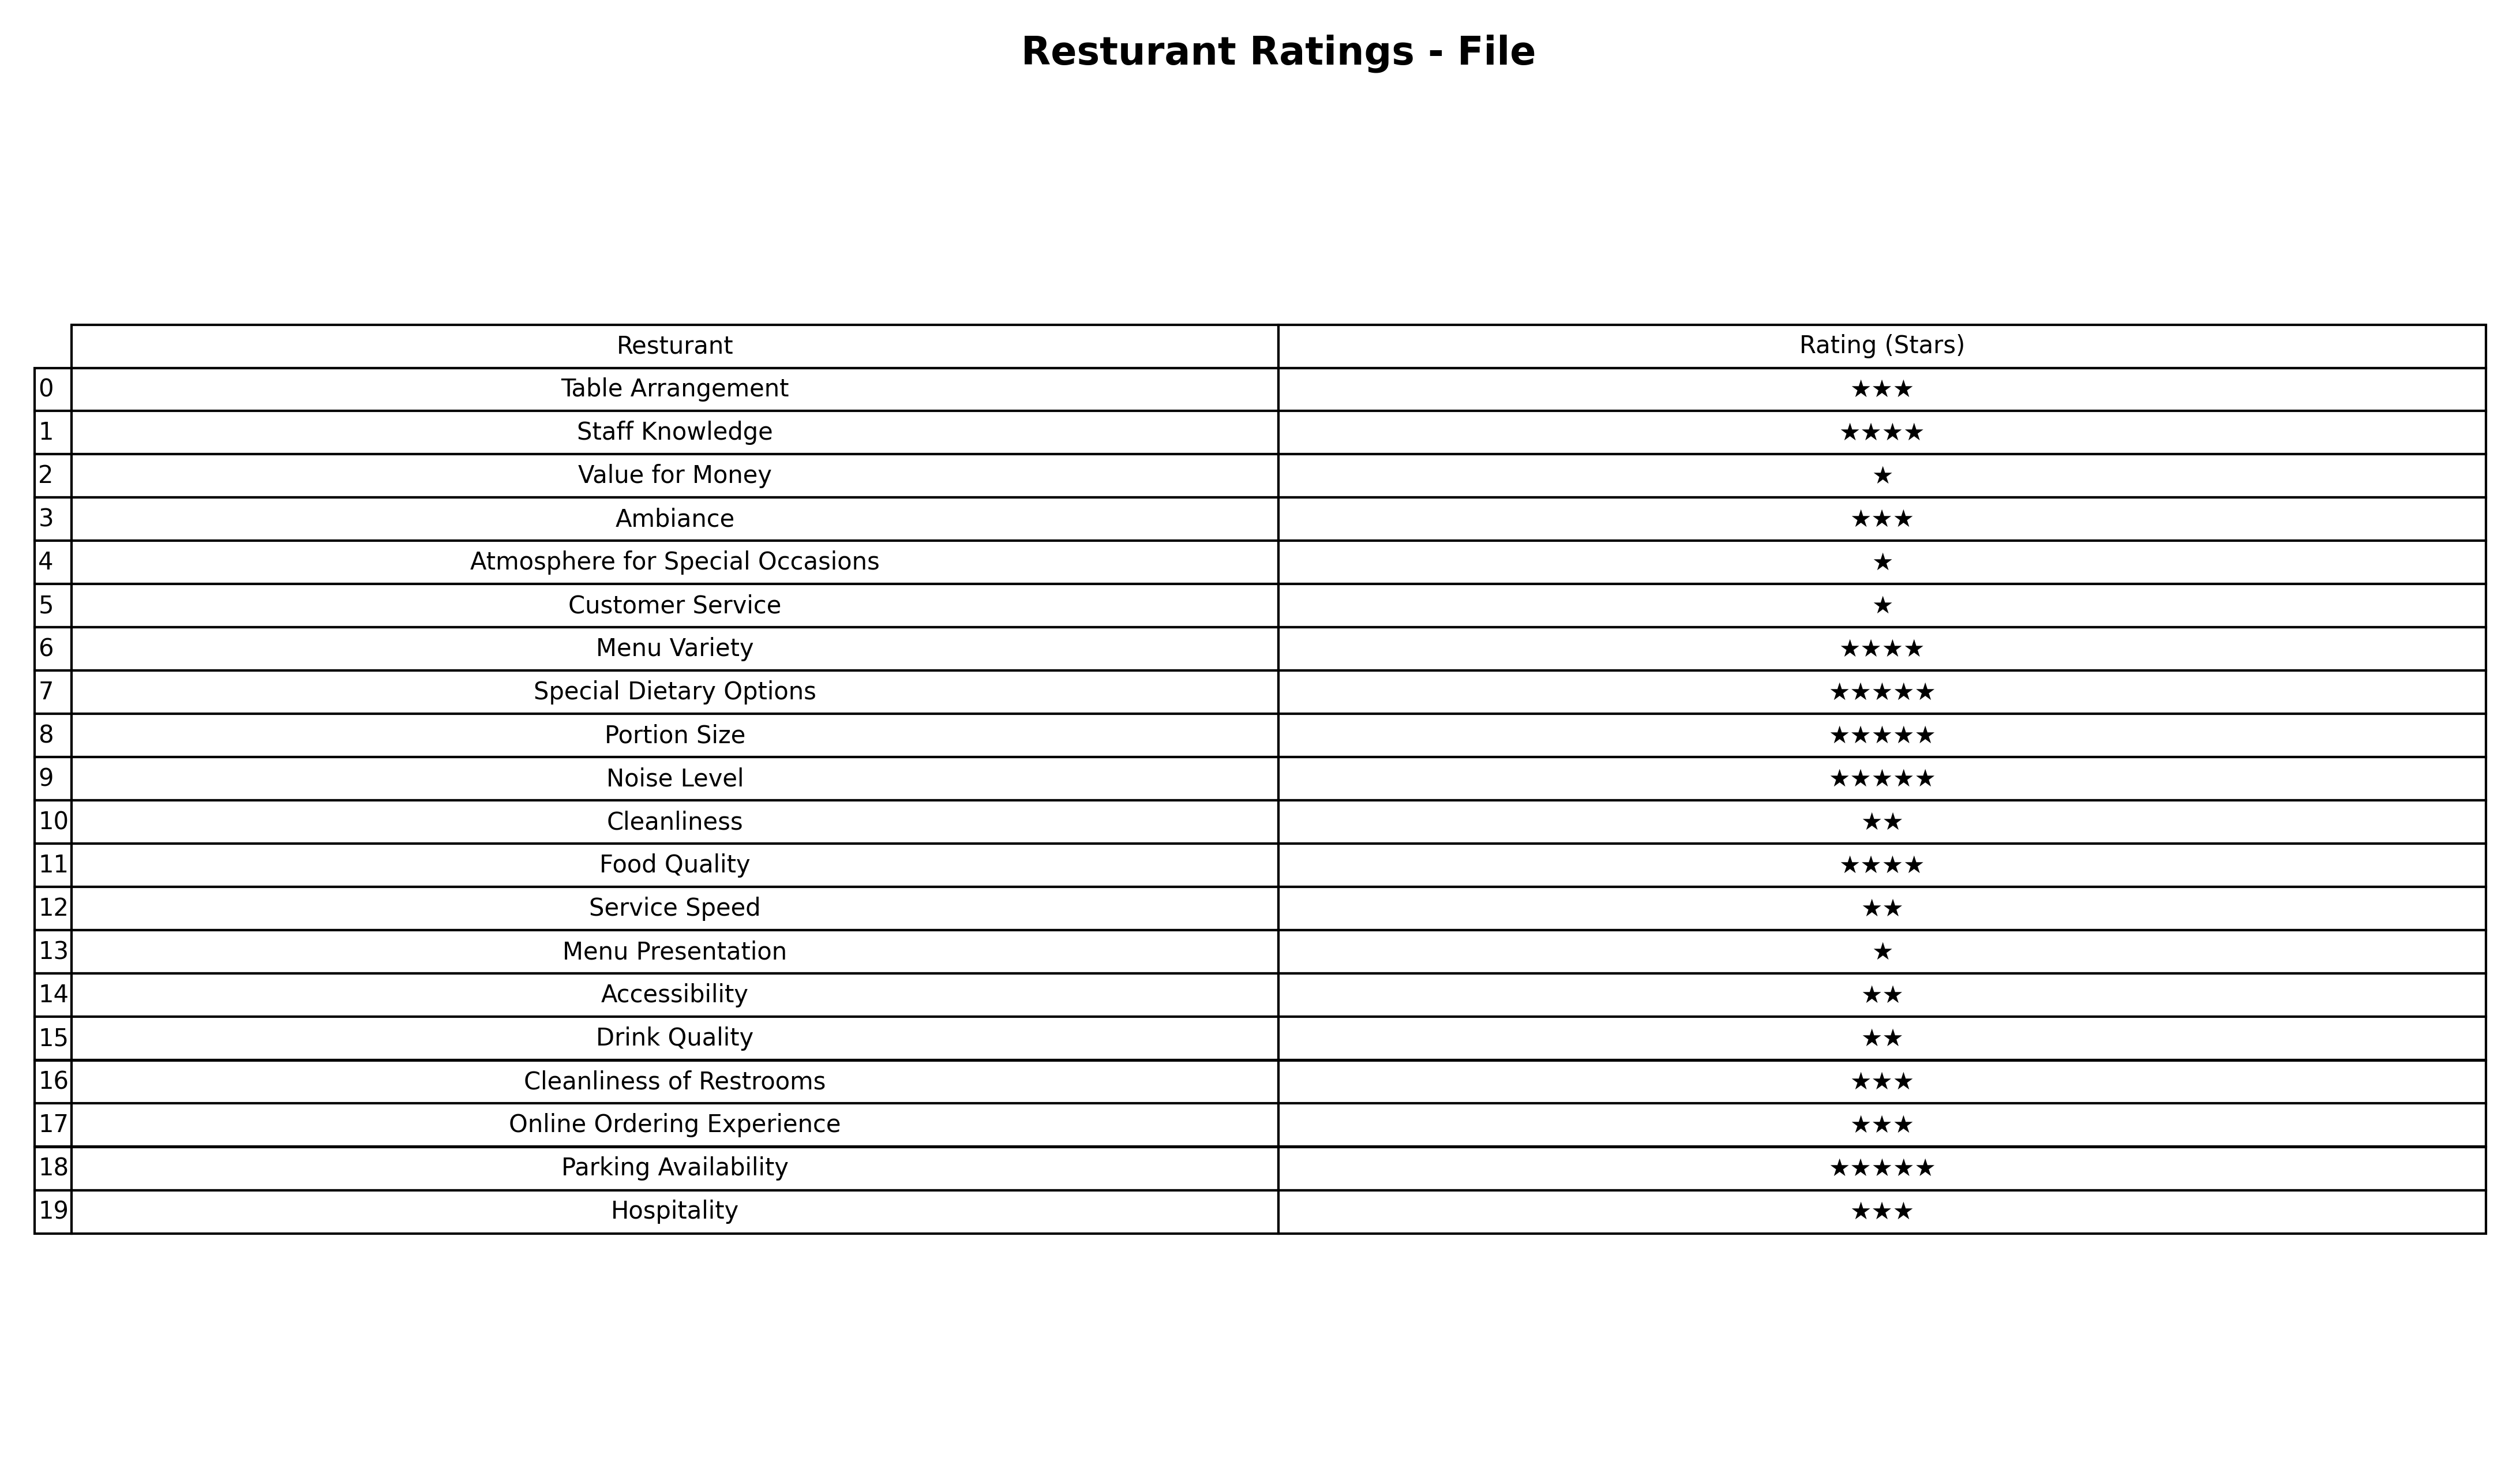
question: What is the rating of Portion Size?
answer: ★★★★★